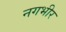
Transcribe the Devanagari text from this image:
नगभीर